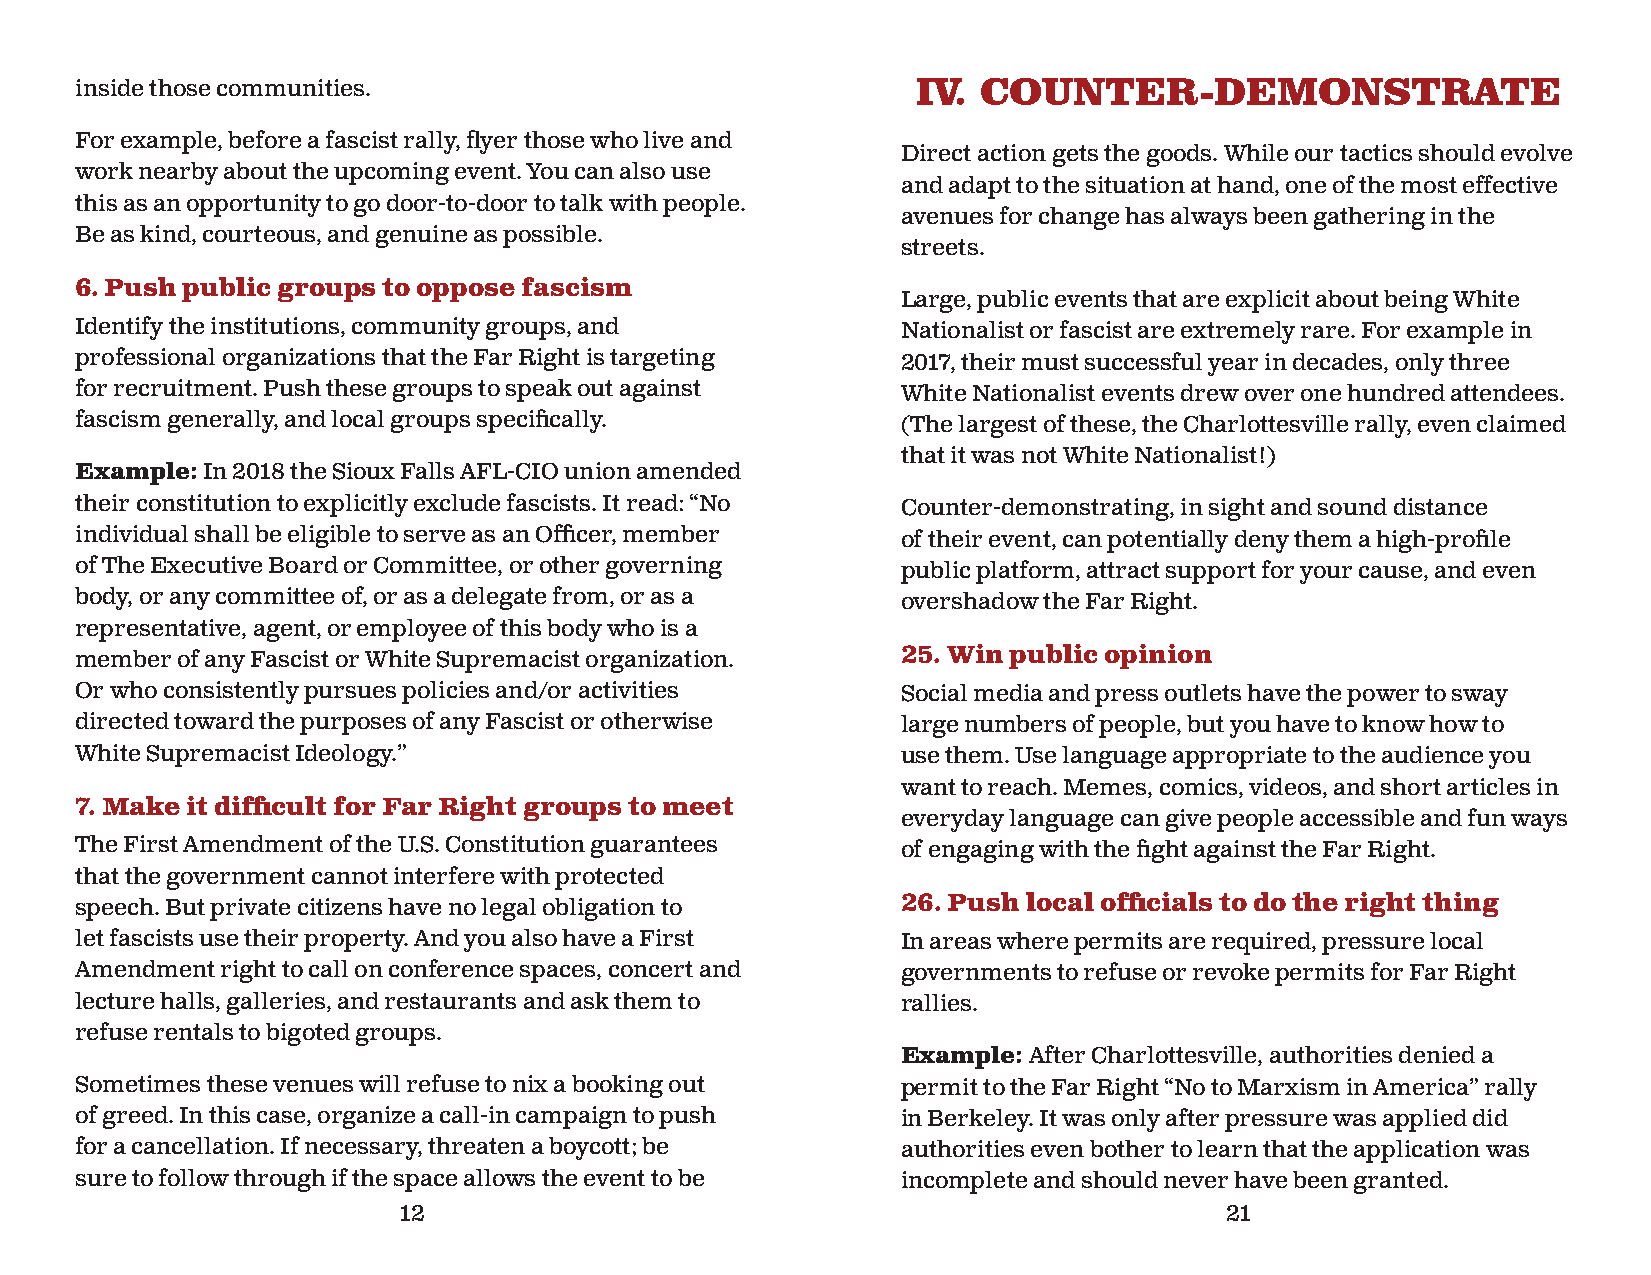
inside those communities.                               IV. COUNTER-DEMONSTRATE
 For example, before a fascist rally, fl yer those who live and
 Direct action gets the goods. While our tactics should evolve
 work nearby about the upcoming event. You can also use
 and adapt to the situation at hand, one of the most effective
 this as an opportunity to go door-to-door to talk with people.
 avenues for change has always been gathering in the
 Be as kind, courteous, and genuine as possible.
 streets.
 6. Push public groups to oppose fascism
 Large, public events that are explicit about being White
 Identify the institutions, community groups, and       Nationalist or fascist are extremely rare. For example in
 professional organizations that the Far Right is targeting 2017, their must successful year in decades, only three
 for recruitment. Push these groups to speak out against White Nationalist events drew over one hundred attendees.
 fascism generally, and local groups specifi cally.     (The largest of these, the Charlottesville rally, even claimed
 that it was not White Nationalist!)
 Example: In 2018 the Sioux Falls AFL-CIO union amended
 their constitution to explicitly exclude fascists. It read: “No Counter-demonstrating, in sight and sound distance
 individual shall be eligible to serve as an Offi cer, member of their event, can potentially deny them a high-profi le
 of The Executive Board or Committee, or other governing public platform, attract support for your cause, and even
 body, or any committee of, or as a delegate from, or as a overshadow the Far Right.
 representative, agent, or employee of this body who is a
 member of any Fascist or White Supremacist organization. 25. Win public opinion
 Or who consistently pursues policies and/or activities Social media and press outlets have the power to sway
 directed toward the purposes of any Fascist or otherwise large numbers of people, but you have to know how to
 White Supremacist Ideology.”                           use them. Use language appropriate to the audience you
 want to reach. Memes, comics, videos, and short articles in
 7. Make it diffi cult for Far Right groups to meet
 everyday language can give people accessible and fun ways
 The First Amendment of the U.S. Constitution guarantees of engaging with the fi ght against the Far Right.
 that the government cannot interfere with protected
 speech. But private citizens have no legal obligation to 26. Push local offi cials to do the right thing
 let fascists use their property. And you also have a First In areas where permits are required, pressure local
 Amendment right to call on conference spaces, concert and governments to refuse or revoke permits for Far Right
 lecture halls, galleries, and restaurants and ask them to rallies.
 refuse rentals to bigoted groups.
 Example: After Charlottesville, authorities denied a
 Sometimes these venues will refuse to nix a booking out permit to the Far Right “No to Marxism in America” rally
 of greed. In this case, organize a call-in campaign to push in Berkeley. It was only after pressure was applied did
 for a cancellation. If necessary, threaten a boycott; be authorities even bother to learn that the application was
 sure to follow through if the space allows the event to be incomplete and should never have been granted.
 12                                                     21